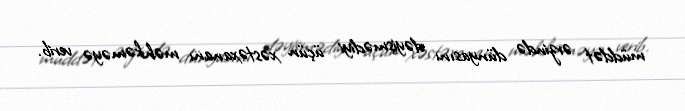
müddət ərzində dünyasını dəyişmədiyi üçün xəstəxananı məhkəməyə verib.